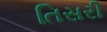
તિસરી